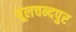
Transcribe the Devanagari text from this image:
बूलचन्दपुर